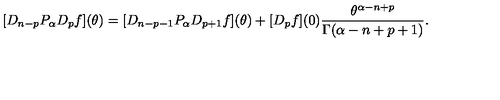
[ D _ { n - p } P _ { \alpha } D _ { p } f ] ( \theta ) = [ D _ { n - p - 1 } P _ { \alpha } D _ { p + 1 } f ] ( \theta ) + [ D _ { p } f ] ( 0 ) \frac { \theta ^ { \alpha - n + p } } { \Gamma ( \alpha - n + p + 1 ) } .